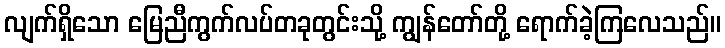
လျက်ရှိသော မြေညီကွက်လပ်တခုတွင်းသို့ ကျွန်တော်တို့ ရောက်ခဲ့ကြလေသည်။